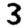
Digit: 3